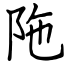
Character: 陁